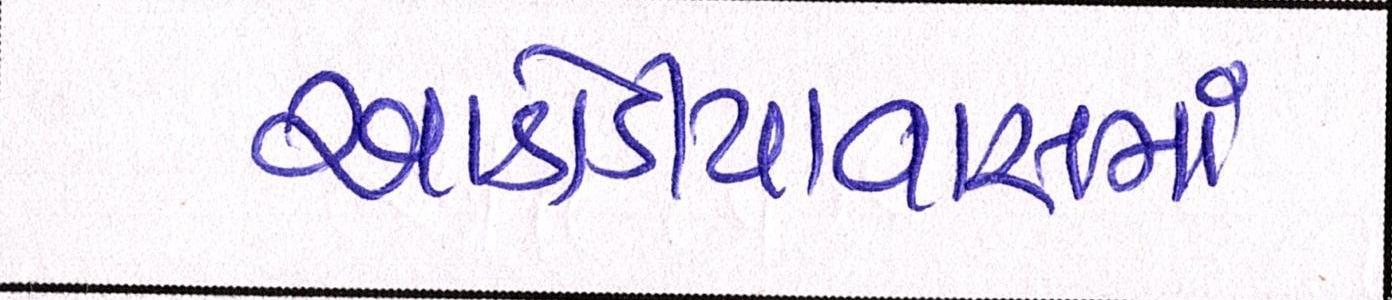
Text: આડોડીયાવાસમાં